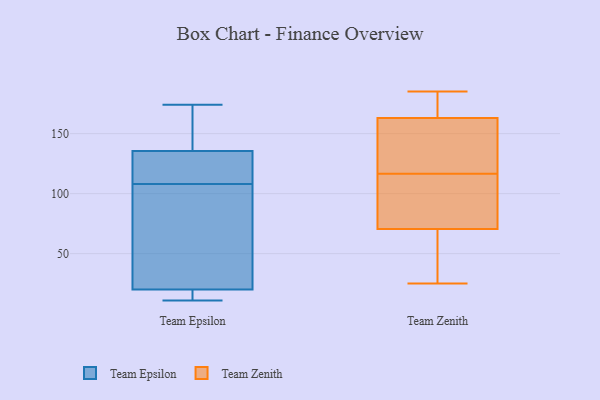
{"axis": {"x": "LTV (USD)", "y": "Value"}, "legend": ["Team Epsilon", "Team Zenith"], "data": [{"x": "", "y": 137, "type": "Team Epsilon"}, {"x": "", "y": 125, "type": "Team Epsilon"}, {"x": "", "y": 11, "type": "Team Epsilon"}, {"x": "", "y": 159, "type": "Team Epsilon"}, {"x": "", "y": 45, "type": "Team Epsilon"}, {"x": "", "y": 18, "type": "Team Epsilon"}, {"x": "", "y": 130, "type": "Team Epsilon"}, {"x": "", "y": 174, "type": "Team Epsilon"}, {"x": "", "y": 134, "type": "Team Epsilon"}, {"x": "", "y": 49, "type": "Team Epsilon"}, {"x": "", "y": 131, "type": "Team Epsilon"}, {"x": "", "y": 22, "type": "Team Epsilon"}, {"x": "", "y": 156, "type": "Team Epsilon"}, {"x": "", "y": 12, "type": "Team Epsilon"}, {"x": "", "y": 11, "type": "Team Epsilon"}, {"x": "", "y": 91, "type": "Team Epsilon"}, {"x": "", "y": 32, "type": "Team Zenith"}, {"x": "", "y": 163, "type": "Team Zenith"}, {"x": "", "y": 174, "type": "Team Zenith"}, {"x": "", "y": 93, "type": "Team Zenith"}, {"x": "", "y": 159, "type": "Team Zenith"}, {"x": "", "y": 163, "type": "Team Zenith"}, {"x": "", "y": 58, "type": "Team Zenith"}, {"x": "", "y": 107, "type": "Team Zenith"}, {"x": "", "y": 152, "type": "Team Zenith"}, {"x": "", "y": 54, "type": "Team Zenith"}, {"x": "", "y": 185, "type": "Team Zenith"}, {"x": "", "y": 183, "type": "Team Zenith"}, {"x": "", "y": 121, "type": "Team Zenith"}, {"x": "", "y": 25, "type": "Team Zenith"}, {"x": "", "y": 83, "type": "Team Zenith"}, {"x": "", "y": 112, "type": "Team Zenith"}]}